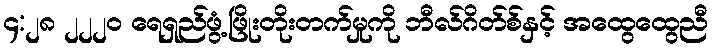
၄:၂၈ ၂၂၂၀ ရေရှည်ဖွံ့ဖြိုးတိုးတက်မှုကို ဘီလ်ဂိတ်စ်နှင့် အထွေထွေညီ